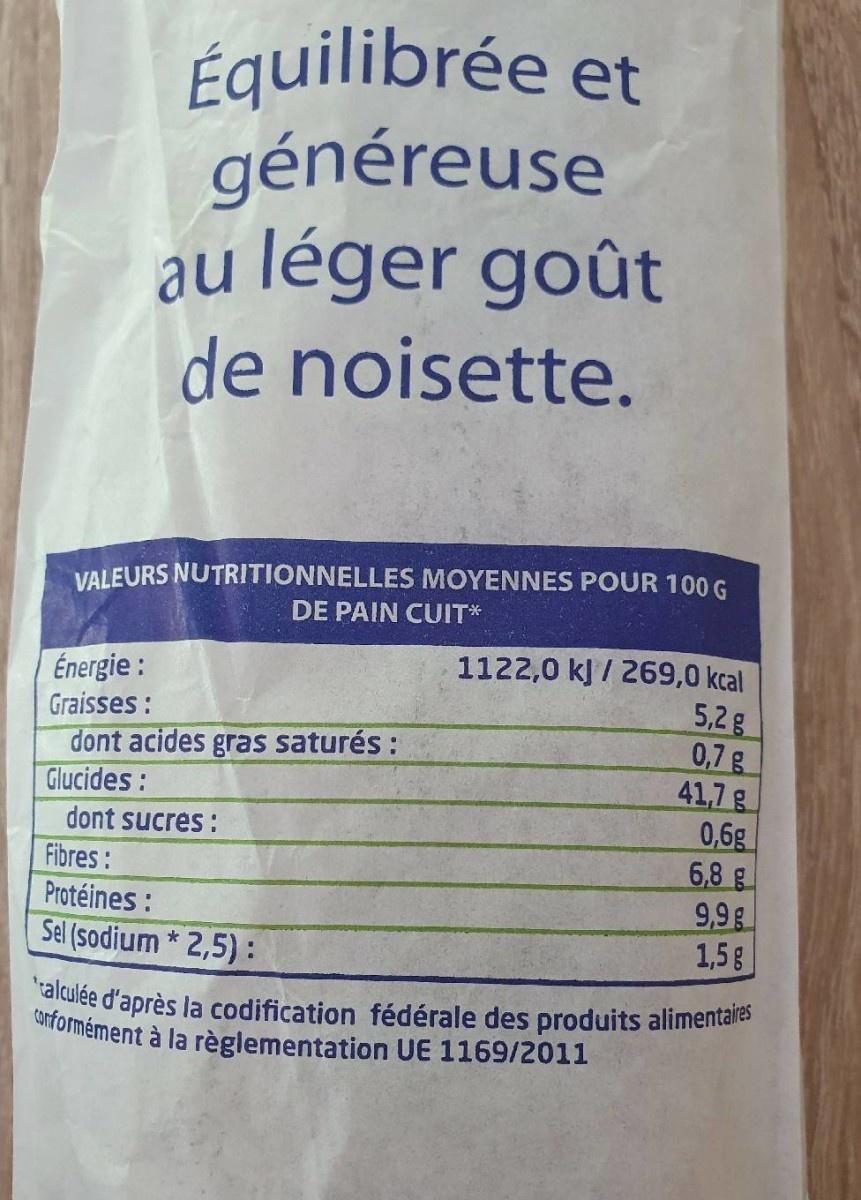
Équilibrée et généreuse au léger goût de noisette.
VALEURS NUTRITIONNELLES MOYENNES POUR 100 G DE PAIN CUIT*
1122,0 kJ / 269,0 kcal 5,2g 0,7g 41,7g 0,6g 6,8g
Énergie : Graisses :
dont acides gras saturés : Glucides:
dont sucres :
Fibres:
Protéines :
Sel (sodium * 2,5) :
1,5g
talculée d'après la codification fédérale des produits alimentaies Giformément à la règlementation UE 1169/2011